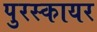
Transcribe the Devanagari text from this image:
पुरस्कायर